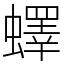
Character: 蠌